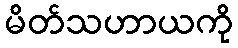
မိတ်သဟာယကို